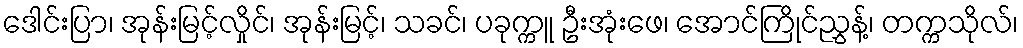
ဒေါင်းပြာ၊ အုန်းမြင့်လှိုင်၊ အုန်းမြင့်၊ သခင်၊ ပခုက္ကူ ဦးအုံးဖေ၊ အောင်ကြိုင်ညွှန့်၊ တက္ကသိုလ်၊